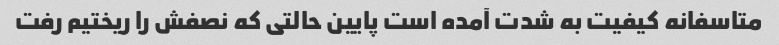
متاسفانه کیفیت به شدت آمده است پایین حالتی که نصفش را ریختیم رفت